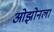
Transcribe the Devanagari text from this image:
ओझोनला